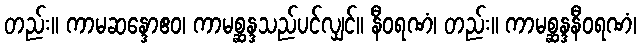
တည်း။ ကာမဆန္ဒောဧဝ၊ ကာမစ္ဆန္ဒသည်ပင်လျှင်။ နီဝရဏံ၊ တည်း။ ကာမစ္ဆန္ဒနီဝရဏံ၊